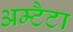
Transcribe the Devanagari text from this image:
अम्टैटा